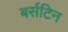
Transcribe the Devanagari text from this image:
बर्सटिन